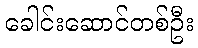
ခေါင်းဆောင်တစ်ဦး